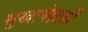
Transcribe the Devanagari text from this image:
सुखापेक्षाही